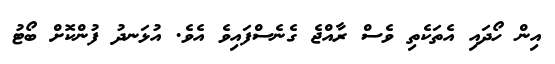
އިން ހޯދައި އެތަކެތި ވެސް ރާއްޖެ ގެނެސްފައިވެ އެވެ. އުޅަނދު ފުންކޮށް ބޯޓު